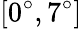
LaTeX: [0^{\circ},7^{\circ}]